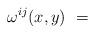
LaTeX: \begin{align*}\omega^{ij} (x,y) ~=~\end{align*}